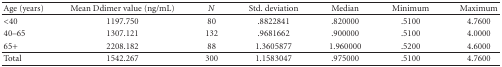
<table><thead><tr><td><b>Age (years)</b></td><td><b>Mean Ddimer value (ng/mL)</b></td><td><b><i>N</i></b></td><td><b>Std. deviation</b></td><td><b>Median</b></td><td><b>Minimum</b></td><td><b>Maximum</b></td></tr></thead><tbody><tr><td>&lt;40</td><td>1197.750</td><td>80</td><td>.8822841</td><td>.820000</td><td>.5100</td><td>4.7600</td></tr><tr><td>40–65</td><td>1307.121</td><td>132</td><td>.9681662</td><td>.900000</td><td>.5100</td><td>4.0000</td></tr><tr><td>65+</td><td>2208.182</td><td>88</td><td>1.3605877</td><td>1.960000</td><td>.5200</td><td>4.6000</td></tr><tr><td>Total</td><td>1542.267</td><td>300</td><td>1.1583047</td><td>.975000</td><td>.5100</td><td>4.7600</td></tr></tbody></table>